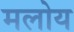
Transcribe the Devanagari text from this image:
मलोय